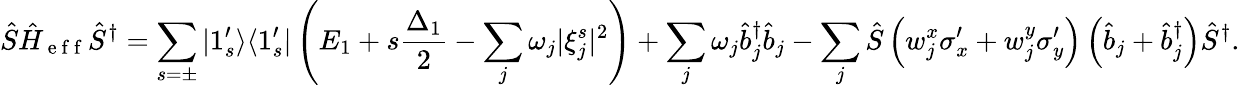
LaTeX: \hat{S}\hat{H}_{\mathrm{~e~f~f~}}\hat{S}^{\dagger}=\sum_{s=\pm}|1_{s}^{\prime}\rangle\langle 1_{s}^{\prime}|\left(E_{1}+s\frac{\Delta_{1}}{2}-\sum_{j}\omega_{j}|\xi_{j}^{s}|^{2}\right)+\sum_{j}\omega_{j}\hat{b}_{j}^{\dagger}\hat{b}_{j}-\sum_{j}\hat{S}\left(w_{j}^{x}\sigma_{x}^{\prime}+w_{j}^{y}\sigma_{y}^{\prime}\right)\left(\hat{b}_{j}+\hat{b}_{j}^{\dagger}\right)\hat{S}^{\dagger}.